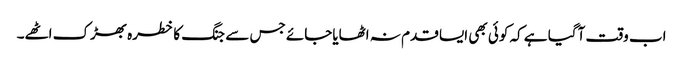
اب وقت آگیا ہے کہ کوئی بھی ایسا قدم نہ اٹھایاجائے جس سے جنگ کا خطرہ بھڑک اٹھے۔